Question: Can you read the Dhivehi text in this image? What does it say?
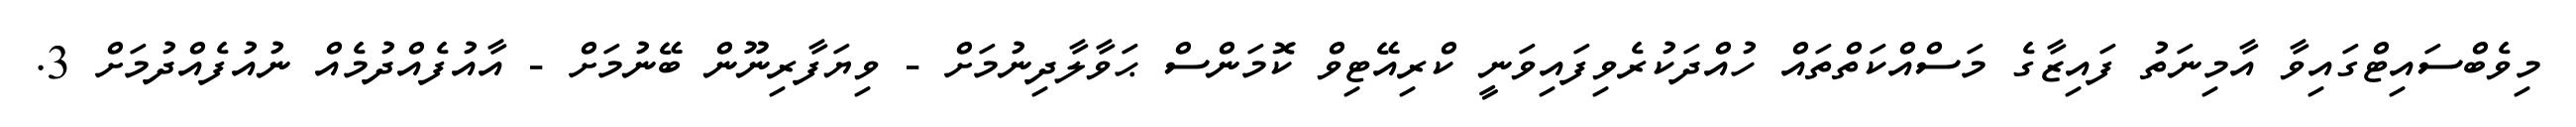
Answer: މިވެބްސައިޓްގައިވާ އާމިނަތު ފައިޒާގެ މަސްއްކަތްތައް ހުއްދަކުރެވިފައިވަނީ ކްރިއޭޓިވް ކޮމަންސް ޙަވާލާދިނުމަށް - ވިޔަފާރިނޫން ބޭނުމަށް - އާއުފެއްދުމެއް ނުއުފެއްދުމަށް 3.